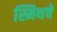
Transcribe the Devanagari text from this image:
स्मिथचे